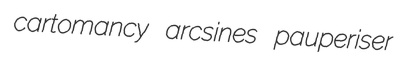
cartomancy arcsines pauperiser